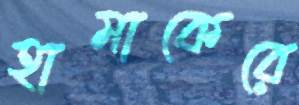
হামাকেরে